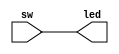
`timescale 1ns / 1ps
//////////////////////////////////////////////////////////////////////////////////
// Company: 
// Engineer: 
// 
// Design Name: 
// Module Name: Ex_1
// Project Name: 
// Target Devices: 
// Tool Versions: 
// Description: 
// 
// Dependencies: 
// 
// Revision:
// Revision 0.01 - File Created
// Additional Comments:
// 
//////////////////////////////////////////////////////////////////////////////////


module Ex_1(
    input [23:0] sw,
    output [23:0] led
    );
    assign led = sw;
endmodule